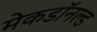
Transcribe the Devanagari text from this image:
मेकडॉनल्ड